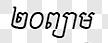
២០ព្យាម